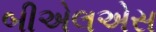
બીએલએસ